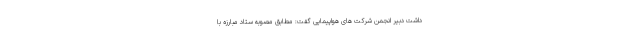
داشت دبیر انجمن شرکت های هواپیمایی گفت: مطابق مصوبه ستاد مبارزه با